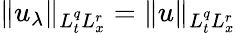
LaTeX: \| u_{\lambda}\| _{L_{t}^{q}L_{x}^{r}}=\| u\| _{L_{t}^{q}L_{x}^{r}}